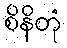
စိနိတုံ